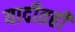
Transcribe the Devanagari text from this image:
यादीतही